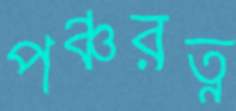
পঞ্চরত্ন